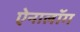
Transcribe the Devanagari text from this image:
ऐनालॉग